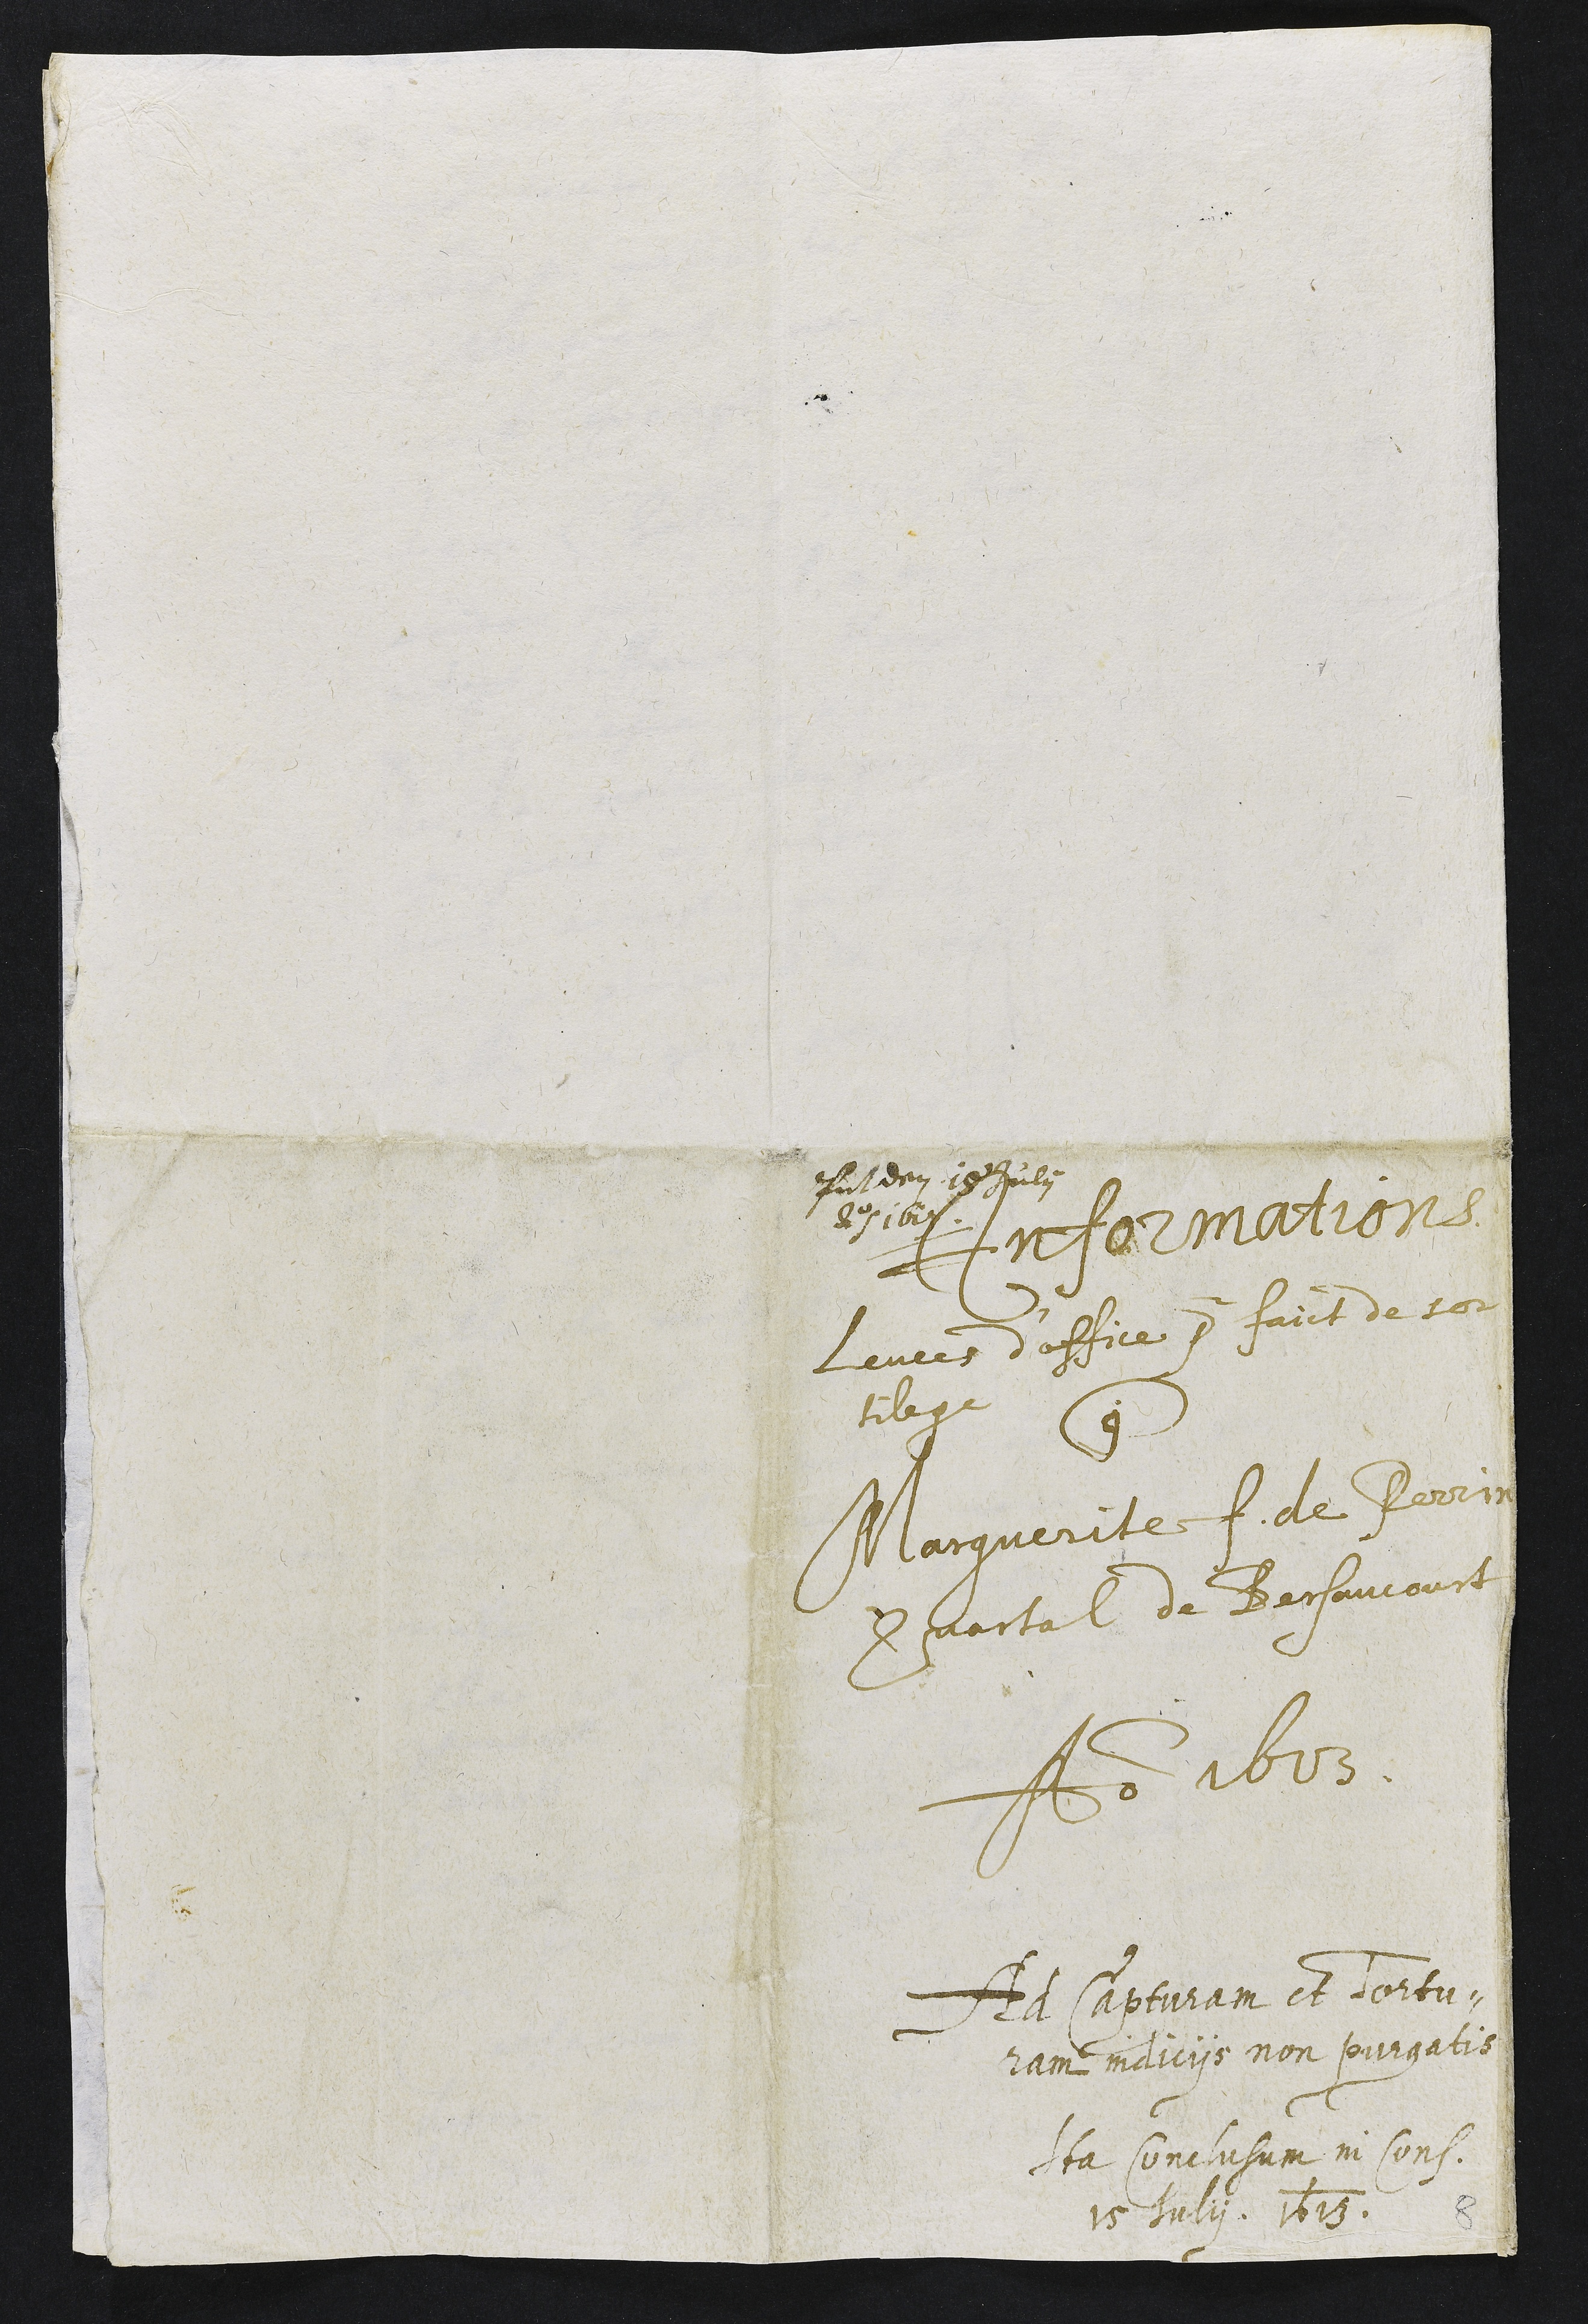
Presentatum den 15 Julii
Anno 1613
Informations
levees d'office pour faict de sor
tilege
contre
Marguerite f. de Perrin
Quartal de Bersaucourt
Anno 1613.
Ad capturam et Tortu¬
ram indiciis non purgatis
Ita Conclusum in Cons.
15 Julii 1613
8